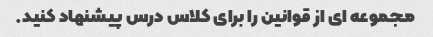
مجموعه ای از قوانین را برای کلاس درس پیشنهاد کنید.